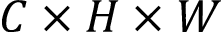
C \times H \times W